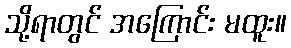
သို့ရာတွင် အကြောင်း မထူး။